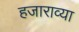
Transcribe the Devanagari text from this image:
हजाराव्या